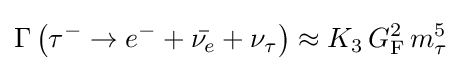
\Gamma \left(\tau ^{-}\rightarrow e^{-}+{\bar {\nu _{e}}}+\nu _{\tau }\right)\approx K_{3}\,G_{\text{F}}^{2}\,m_{\tau }^{5}~